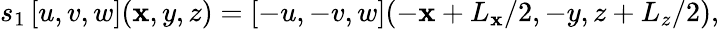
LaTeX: s_{1}\left[u,v,w\right](\mathbf{x},y,z)=\left[-u,-v,w\right](-\mathbf{x}+L_{\mathbf{x}}/2,-y,z+L_{z}/2),